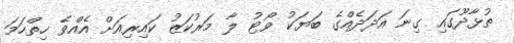
ތުޅާދޫގައި ގިނަ އަދަދެއްގެ ބަޔަކު ވޯޓު ލާ މަރުކަޒު ކައިރިއަށް އެއްވެ ހިތްހަމަ